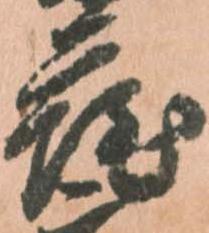
薩